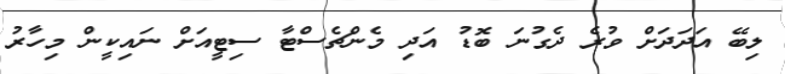
ލިބޭ އަދަދަށް ވުރެ ދެގުނަ ބޮޑު އަދި މެންޗެސްޓާ ސިޓީއަށް ނައިކީން މިހާރު